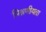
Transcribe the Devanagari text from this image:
मिश्रणीयता